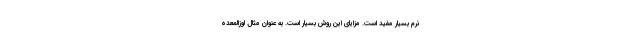
نرم بسیار مفید است. مزایای این روش بسیار است. به عنوان مثال لوزالمعده